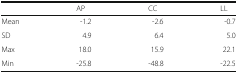
<table><thead><tr><td></td><td><b>AP</b></td><td><b>CC</b></td><td><b>LL</b></td></tr></thead><tbody><tr><td>Mean</td><td>-1.2</td><td>-2.6</td><td>-0.7</td></tr><tr><td>SD</td><td>4.9</td><td>6.4</td><td>5.0</td></tr><tr><td>Max</td><td>18.0</td><td>15.9</td><td>22.1</td></tr><tr><td>Min</td><td>-25.8</td><td>-48.8</td><td>-22.5</td></tr></tbody></table>